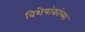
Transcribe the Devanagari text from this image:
विशेषांकांच्या